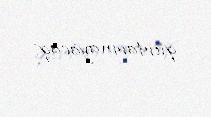
qurtarmayacaq.